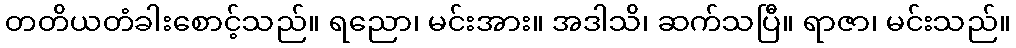
တတိယတံခါးစောင့်သည်။ ရညော၊ မင်းအား။ အဒါသိ၊ ဆက်သပြီ။ ရာဇာ၊ မင်းသည်။